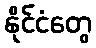
နိုင်ငံတွေ